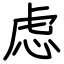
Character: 虑